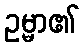
ဥမ္မာ၏